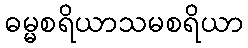
ဓမ္မစရိယာသမစရိယာ